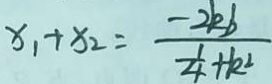
x _ { 1 } + x _ { 2 } = \frac { - 2 k b } { \frac { 1 } { 4 } + k ^ { 2 } }